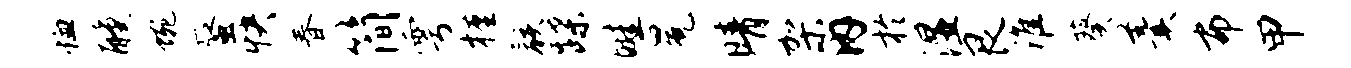
恤醺蜿蜃快春简雩槿骸蹀畦冕晴架内於湿艮淮葵羹布甲